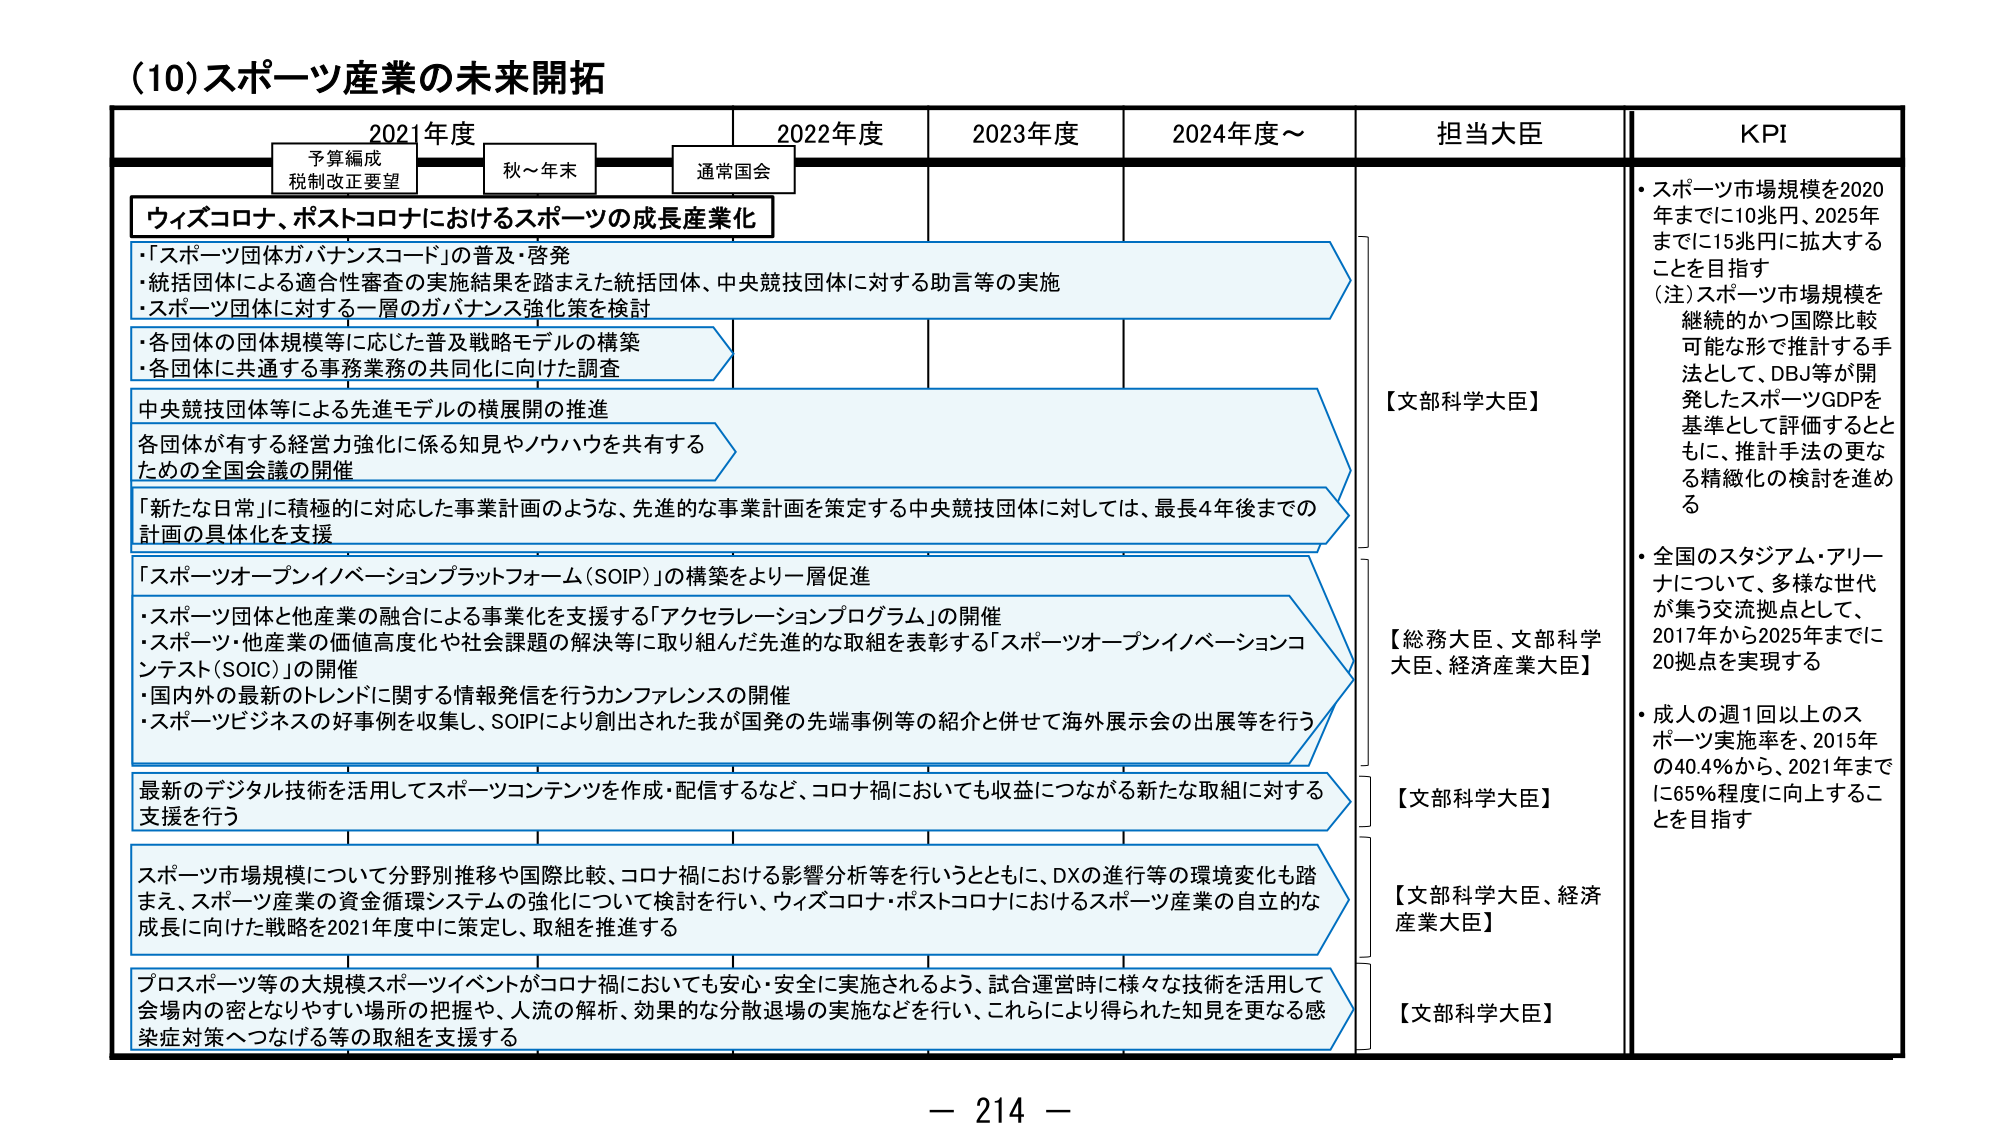
(10) スポーツ産業の未来開拓

2021年度　　　　　2022年度　　　　　2023年度　　　　　2024年度～　　　　　担当大臣　　　　　KPI

予算編成
税制改正要望　　　秋～年末　　　通常国会

ウィズコロナ、ポストコロナにおけるスポーツの成長産業化

・「スポーツ団体ガバナンスコード」の普及・啓発
・統括団体による適合性審査の実施結果を踏まえた統括団体、中央競技団体に対する助言等の実施
・スポーツ団体に対する一層のガバナンス強化策を検討

・各団体の団体規模等に応じた普及戦略モデルの構築
・各団体に共通する事務業務の共同化に向けた調査

中央競技団体等による先進モデルの横展開の推進
各団体が有する経営力強化に係る知見やノウハウを共有する
ための全国会議の開催

「新たな日常」に積極的に対応した事業計画のような、先進的な事業計画を策定する中央競技団体に対しては、最長4年後までの
計画の具体化を支援

「スポーツオープンイノベーションプラットフォーム（SOIP）」の構築をより一層促進
・スポーツ団体と他産業の融合による事業化を支援する「アクセラレーションプログラム」の開催
・スポーツ・他産業の価値高度化や社会課題の解決等に取り組んだ先進的な取組を表彰する「スポーツオープンイノベーションコンテスト（SOIC）」の開催
・国内外の最新のトレンドに関する情報発信を行うカンファレンスの開催
・スポーツビジネスの好事例を収集し、SOIPにより創出された我が国発の先端事例等の紹介と併せて海外展示会の出展等を行う

最新のデジタル技術を活用してスポーツコンテンツを作成・配信するなど、コロナ禍においても収益につながる新たな取組に対する
支援を行う

スポーツ市場規模について分野別推移や国際比較、コロナ禍における影響分析等を行うとともに、DXの進行等の環境変化も踏まえ、スポーツ産業の資金循環システムの強化について検討を行い、ウィズコロナ・ポストコロナにおけるスポーツ産業の自立的な成長に向けた戦略を2021年度中に策定し、取組を推進する

プロスポーツ等の大規模スポーツイベントがコロナ禍においても安心・安全に実施されるよう、試合運営時に様々な技術を活用して会場内の密となりやすい場所の把握や、人流の解析、効果的な分散退場の実施などを行い、これにより得られた知見を更なる感染症対策へつなげる等の取組を支援する

【文部科学大臣】

【総務大臣、文部科学大臣、経済産業大臣】

【文部科学大臣】

【文部科学大臣、経済産業大臣】

【文部科学大臣】

・スポーツ市場規模を2020年までに10兆円、2025年までに15兆円に拡大することを目指す
（注）スポーツ市場規模を継続的かつ国際比較可能な形で推計する手法として、DBJ等が開発したスポーツGDPを基準として評価するとともに、推計手法の更なる精緻化の検討を進める

・全国のスタジアム・アリーナについて、多様な世代が集う交流拠点として、2017年から2025年までに20拠点を実現する

・成人の週1回以上のスポーツ実施率を、2015年の40.4％から、2021年までに65％程度に向上することを目指す

－ 214 －